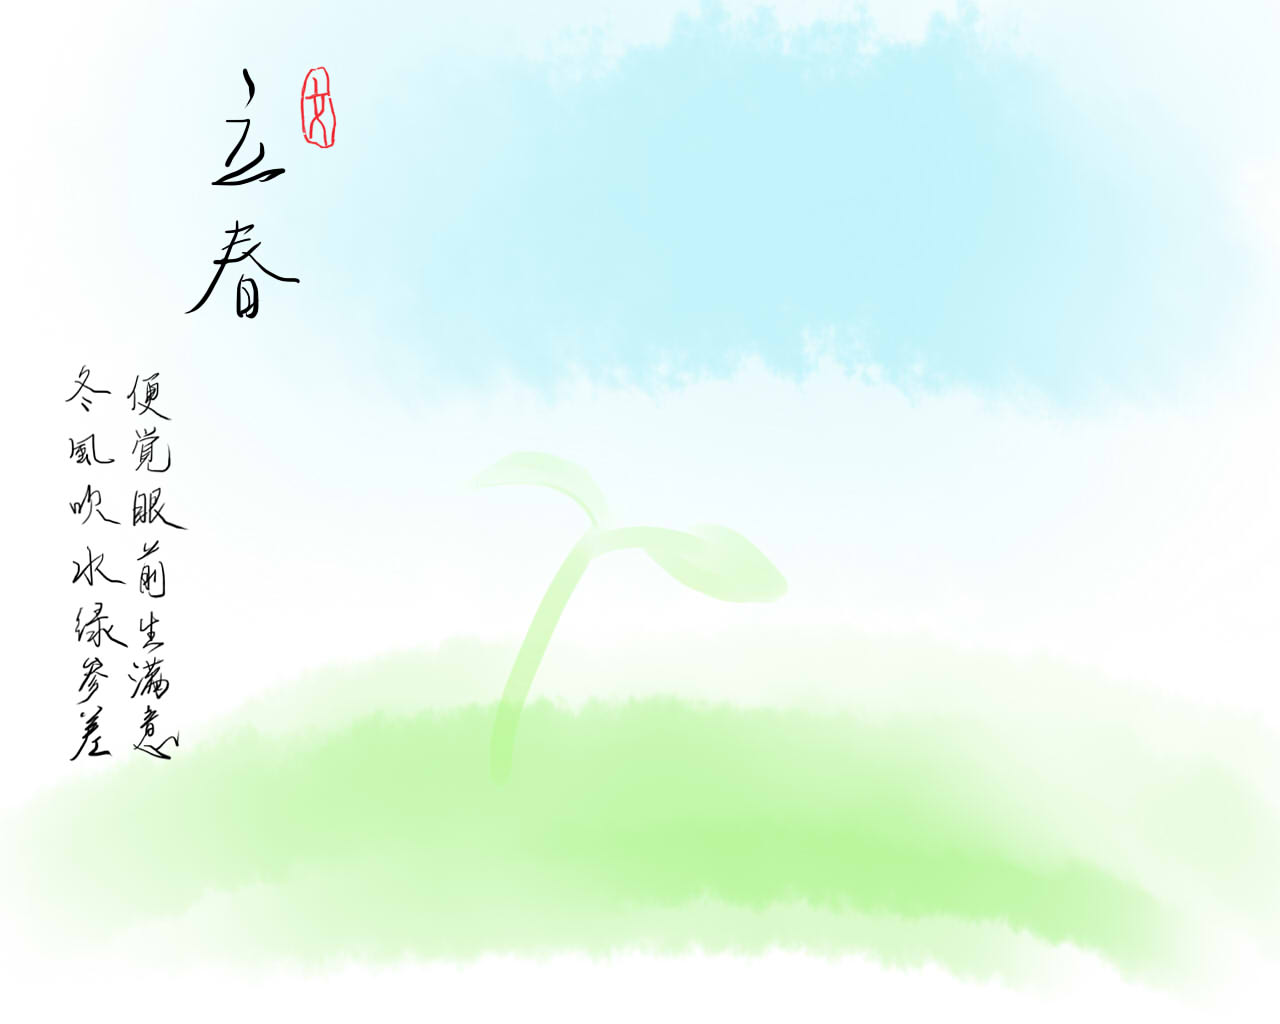
便觉眼前生意满，东风吹水绿参差。